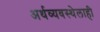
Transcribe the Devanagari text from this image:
अर्थव्यवस्थेलाही